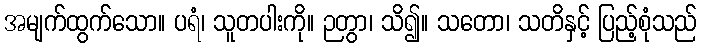
အမျက်ထွက်သော။ ပရံ၊ သူတပါးကို။ ဉတွာ၊ သိ၍။ သတော၊ သတိနှင့် ပြည့်စုံသည်